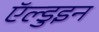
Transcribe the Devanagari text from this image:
ऍल्डुइन